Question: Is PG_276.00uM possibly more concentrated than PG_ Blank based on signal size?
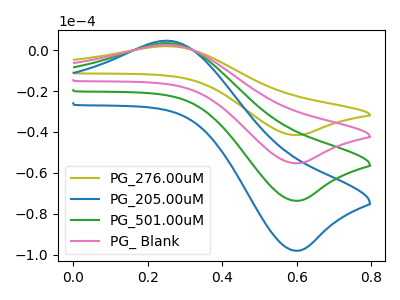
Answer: <think>The olive curve "PG_276.00uM" has an anodic peak at (0.25V, 1.95uA) and a cathodic peak at (0.60V, -41.55uA). The blue curve "PG_205.00uM" has an anodic peak at (0.25V, 7.80uA) and a cathodic peak at (0.60V, -165.90uA). The green curve "PG_501.00uM" has an anodic peak at (0.25V, 5.20uA) and a cathodic peak at (0.60V, -110.60uA). The pink curve "PG_ Blank" has an anodic peak at (0.25V, 2.60uA) and a cathodic peak at (0.60V, -55.30uA).
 All the peaks in "PG_276.00uM" have a peak in "PG_ Blank" at the same potential. Every peak in "PG_276.00uM" is lower than every peak in "PG_ Blank".</think>
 <answer>"PG_276.00uM" has less signal than "PG_ Blank".</answer>
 <eval>less_signal</eval>